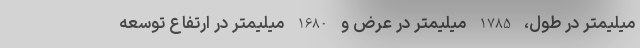
میلیمتر در طول، 1785 میلیمتر در عرض و 1680 میلیمتر در ارتفاع توسعه